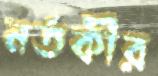
নর্তকীর